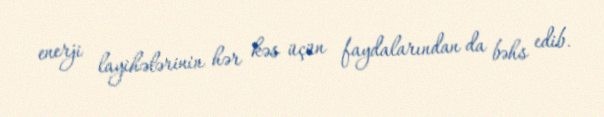
enerji layihələrinin hər kəs üçün faydalarından da bəhs edib.